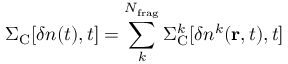
\Sigma _ { \mathrm { { C } } } [ \delta n ( t ) , t ] = \sum _ { k } ^ { N _ { \mathrm { f r a g } } } \Sigma _ { \mathrm { { C } } } ^ { k } [ \delta n ^ { k } ( { \bf r } , t ) , t ]